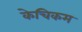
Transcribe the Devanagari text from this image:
केचिकम